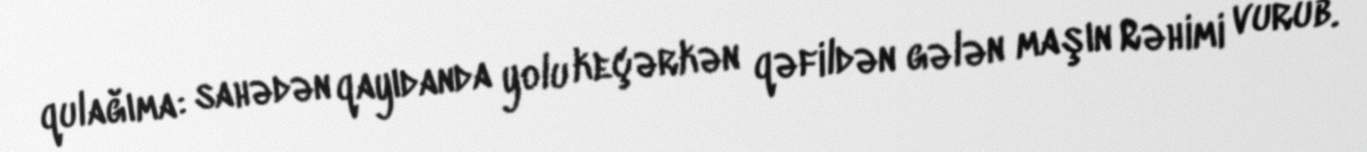
qulağıma: sahədən qayıdanda yolu keçərkən qəfildən gələn maşın Rəhimi vurub.